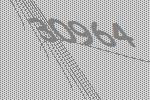
30964